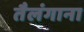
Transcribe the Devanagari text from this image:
तैलंगाना